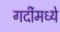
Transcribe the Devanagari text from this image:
गर्दीमध्ये